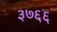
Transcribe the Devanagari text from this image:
३७६६